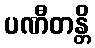
ပဏီတန္တိ